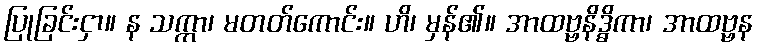
ပြုခြင်းငှာ။ န သက္ကာ၊ မတတ်ကောင်း။ ဟိ၊ မှန်၏။ အာထဗ္ဗနိဒ္ဓိကာ၊ အာထဗ္ဗန